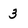
Character: 3